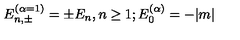
E _ { n , \pm } ^ { ( \alpha = 1 ) } = \pm E _ { n } , n \geq 1 ; E _ { 0 } ^ { ( \alpha ) } = - | m |